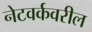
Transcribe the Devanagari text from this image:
नेटवर्कवरील